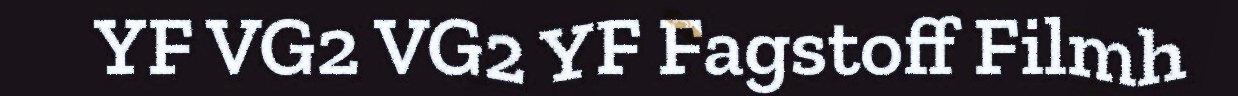
YF VG2 VG2 YF Fagstoff Filmh